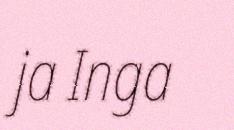
ja Inga